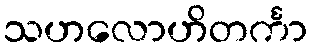
သဟလောဟိတင်္ကာ